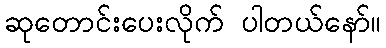
ဆုတောင်းပေးလိုက် ပါတယ်နော်။